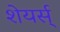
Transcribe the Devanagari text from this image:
शेयर्स्